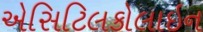
એસિટિલકોલાઇન